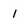
Character: 1